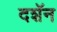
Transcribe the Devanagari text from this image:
दशॅन